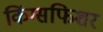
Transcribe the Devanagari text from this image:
किंग्सफिशर